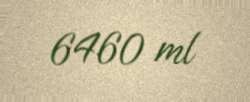
6460 ml